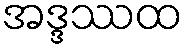
အဒ္ဒဿထ